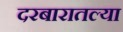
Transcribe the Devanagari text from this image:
दरबारातल्या